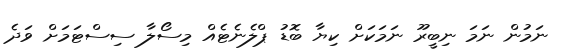
ނަމުން ނަމަ ނިބީރޫ ނަމަކަށް ކިޔާ ބޮޑު ޕްލެނެޓެއް މިސޯލާ ސިސްޓަމަށް ވަދެ